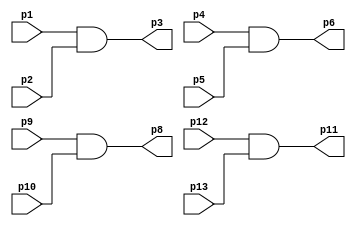
/////////////////////////////////////////
// 74HC08 - Quad 2-input AND gate
//
// Antonio Sanchez (@TheSonders)
////////////////////////////////////////

module HC08(
    input wire p1,p2,
    input wire p4,p5,
    input wire p9,p10,
    input wire p12,p13,
    output wire p3,p6,p8,p11
);

assign p3=p1&p2;
assign p6=p4&p5;
assign p8=p9&p10;
assign p11=p12&p13;

endmodule